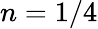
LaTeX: n=1/4